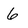
Character: 6